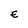
Character: E